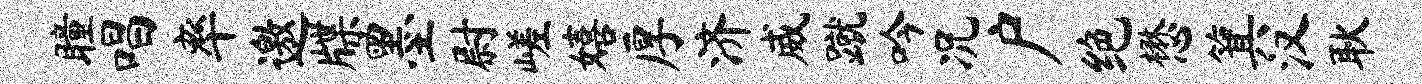
瞳唱率邀牒墨尉嵯嬉厚济威蹴吟况户绝懋箕汉耿